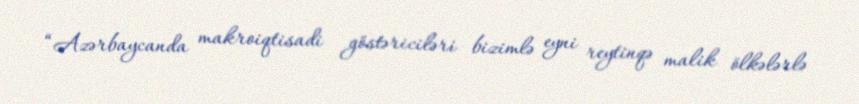
“Azərbaycanda makroiqtisadi göstəriciləri bizimlə eyni reytinqə malik ölkələrlə